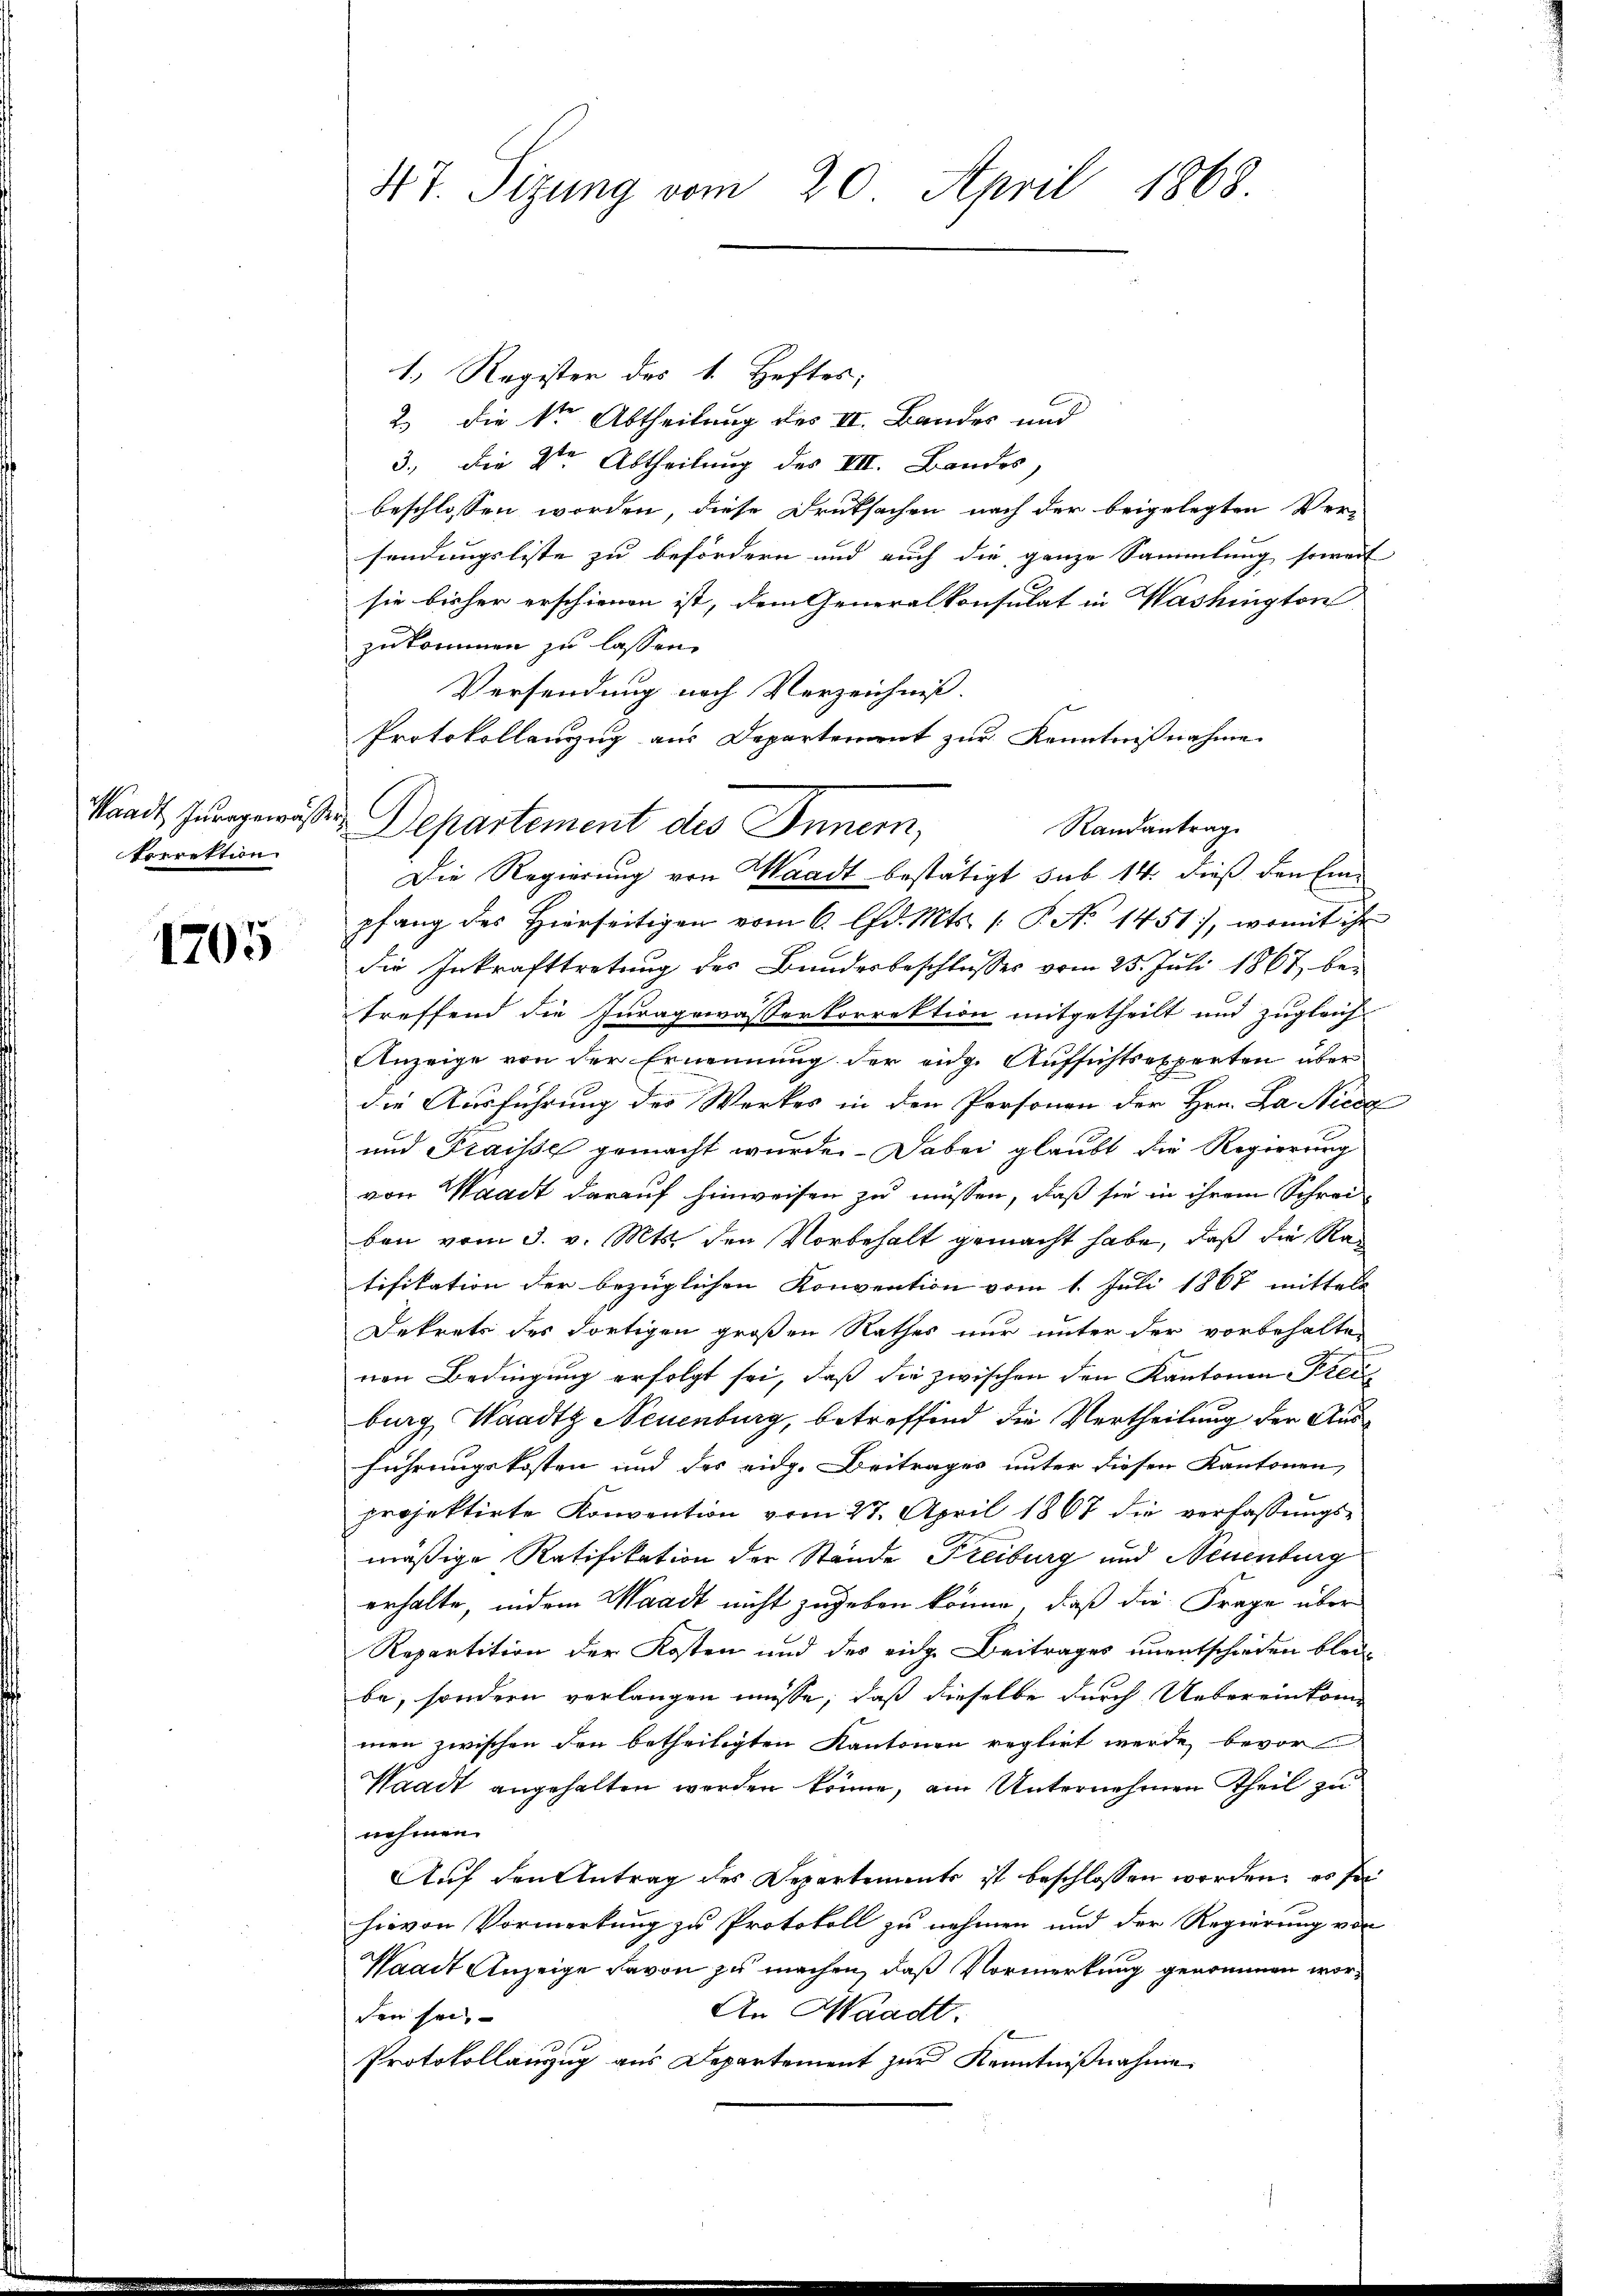
Sandt Juragewuß
torrektion

1705

47. Sizung vom 20. April 1868.

1.) Register des 1. Heftes;
2.) Die Stern Abtheilung des III. Bandes und
3., die Stern Abtheilung des VIII. Bandes,
beschlossen worden, diese Druksachen nach der beigelegten Versendungsliste zu befördern und auch die ganze Sammlung soweit
sie bisher erschienen ist, dem Generalkonsulat in Washington
zukommen zu lassen.
Versendung nach Verzeichniß.
Protokollauszug aus Departement zur Kenntnißnahme
2
Departement des Innern,
Randantrag
Die Regierung von Waadt bestätigt sub 14. dieß den Einpfang des Hierseitigen vom 6. lfd. Mts. (: P. No 1451), womit ihr
die Inkrafttretung des Bundesbeschlusses vom 25. Juli 1867, betreffend die Juragewasserkorrektion mitgetheilt und zugleich
Anzeige von der Ernennung der eidg. Aufsichtsexperten über
die Ausführung der Werkes in den Personen der Hrn. La Niede
und Fraisse gemacht wurde. Dabei glaubt die Regierung
von Waadt darauf hinweisen zu müssen, daß sie in ihrem Schreiben vom 3. v. Mts. den Vorbehalt gemacht habe, daß die Ratifikation der bezüglichen Konvention vom 1. Juli 1868 mittels
Dekrets des dortigen großen Rathes nur unter der vorbehalten
nen Bedingung erfolgt sei, daß die zwischen den Kantonen Freiburg, Waadt Neuenburg, betreffend die Vertheilung der Ausführungskosten und des eidg. Beitrages unter diesen Kantonen,
projektirte Konvention vom 27. April 1867 die verfassungs-
mäßige Ratifikation der Stände Freiburg und Neuenburg
erhalte, indem Waadt nicht zugeben könne, daß die Frage über
Repartition der Kosten und des eidg. Beitrages unentschieden bleibe, sondern verlangen müsse, daß dieselbe durch Uebereinkommen zwischen den betheiligten Kantonen reglirt werde bevor
Waadt angehalten werden könne, am Unternehmen Theil zu
nehmen.
Auf den Antrag des Departements ist beschlossen worden, es sei
hievon Vormerkung zu Protokoll zu nehmen und der Regierung von
Waadt Anzeige davon zu machen, daß Vormerkung genommen wor¬
An Waadt.
den sei.
Protokollauszug aus Departement zur Kenntnißnahme